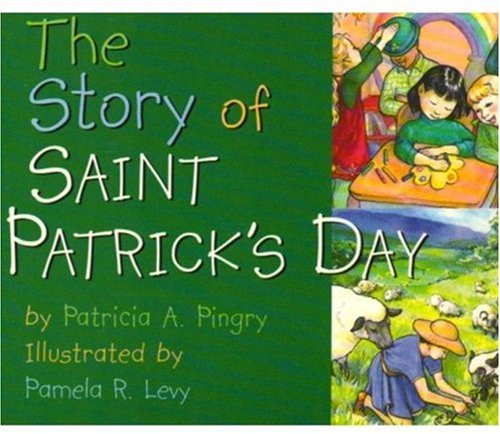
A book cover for The Story of Saint Patrick's Day; Patricia A. Pingry; Children's Books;